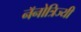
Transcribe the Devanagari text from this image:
नॅनोत्रिज्यी